Document type: bank_statement
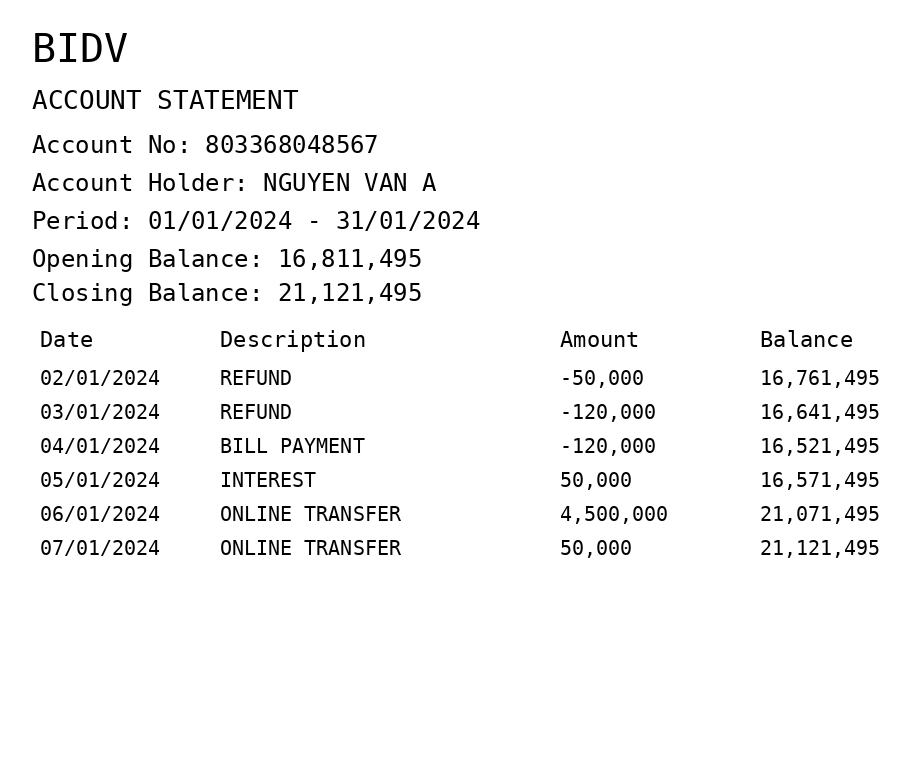
OCR transcript:
BIDV
ACCOUNT STATEMENT
Account No: 803368048567
Account Holder: NGUYEN VAN A
Period: 01/01/2024 - 31/01/2024
Opening Balance: 16,811,495
Closing Balance: 21,121,495
Date
Description
Amount
Balance
02/01/2024
REFUND
-50,000
16,761,495
03/01/2024
REFUND
-120,000
16,641,495
04/01/2024
BILL PAYMENT
-120,000
16,521,495
05/01/2024
INTEREST
50,000
16,571,495
06/01/2024
ONLINE TRANSFER
4,500,000
21,071,495
07/01/2024
ONLINE TRANSFER
50,000
21,121,495
Extracted fields:
bank_name: bidv
account_number: 803368048567
account_holder: nguyen van a
statement_period: 01/01/2024 - 31/01/2024
opening_balance: 16811495
closing_balance: 21121495
transactions: date: 2024-01-02
description: refund
amount: -50000
balance: 16761495
date: 2024-01-03
description: refund
amount: -120000
balance: 16641495
date: 2024-01-04
description: bill payment
amount: -120000
balance: 16521495
date: 2024-01-05
description: interest
amount: 50000
balance: 16571495
date: 2024-01-06
description: online transfer
amount: 4500000
balance: 21071495
date: 2024-01-07
description: online transfer
amount: 50000
balance: 21121495